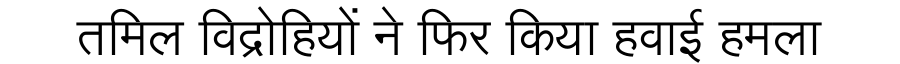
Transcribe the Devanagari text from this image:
तमिल विद्रोहियों ने फिर किया हवाई हमला